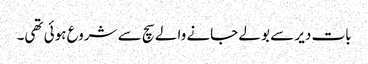
بات دیر سے بولے جانے والے سچ سے شروع ہوئی تھی۔